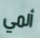
ألمي